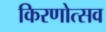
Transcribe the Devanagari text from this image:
किरणोत्सव